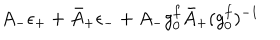
LaTeX: A _ { - } \epsilon _ { + } + \bar { A } _ { + } \epsilon _ { - } + A _ { - } g _ { 0 } ^ { f } \bar { A } _ { + } ( { g _ { 0 } ^ { f } } ) ^ { - 1 }